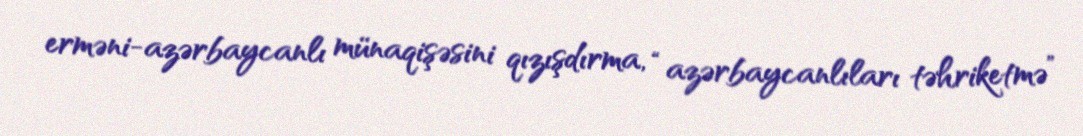
erməni-azərbaycanlı münaqişəsini qızışdırma, “azərbaycanlıları təhriketmə”